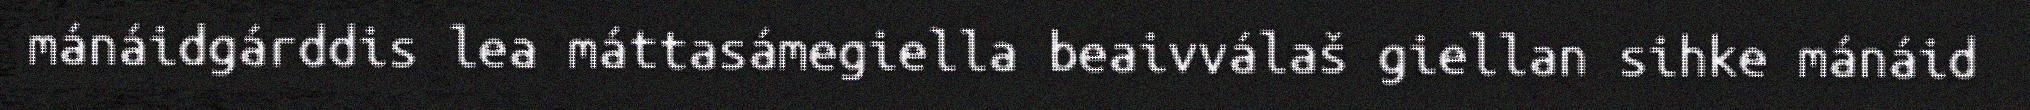
mánáidgárddis lea máttasámegiella beaivválaš giellan sihke mánáid